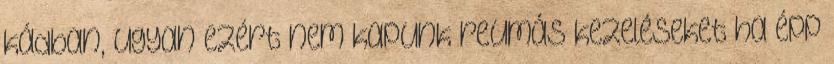
kádban, ugyan ezért nem kapunk reumás kezeléseket ha épp